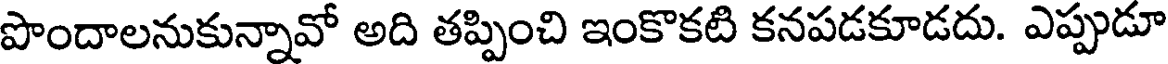
పొందాలనుకున్నావో అది తప్పించి ఇంకొకటి కనపడకూడదు. ఎప్పుడూ